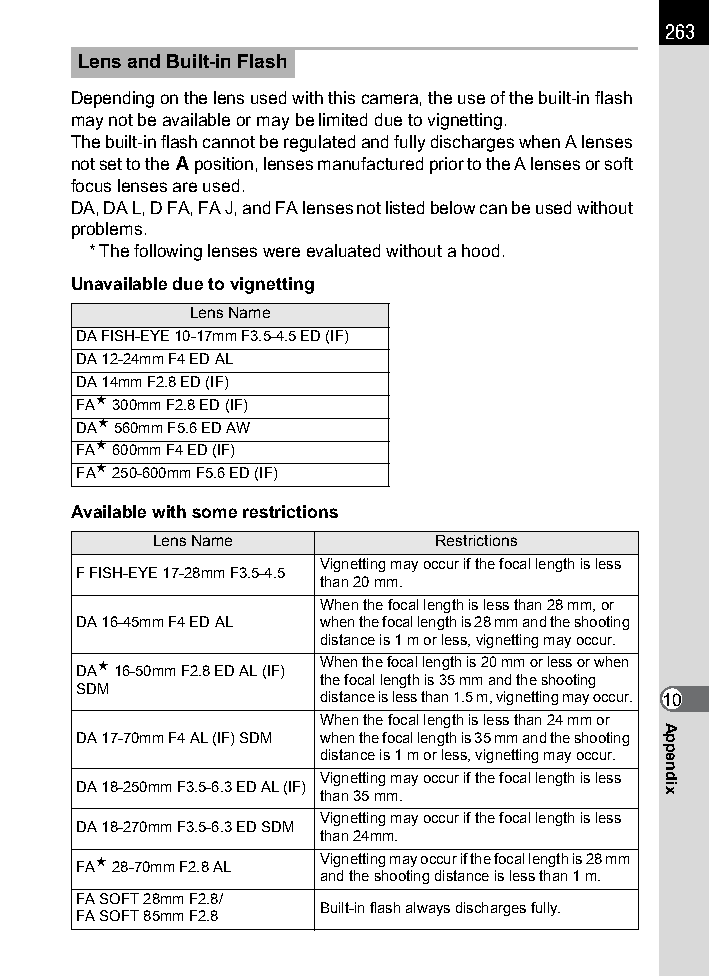
263
 Lens and Built-in Flash
 Depending on the lens used with this camera, the use of the built-in flash
 may not be available or may be limited due to vignetting.
 The built-in flash cannot be regulated and fully discharges when A lenses
 not set to the s position, lenses manufactured prior to the A lenses or soft
 focus lenses are used.
 DA, DA L, D FA, FA J, and FA lenses not listed below can be used without
 problems.
 * The following lenses were evaluated without a hood.
 Unavailable due to vignetting
 Lens Name
 DA FISH-EYE 10-17mm F3.5-4.5 ED (IF)
 DA 12-24mm F4 ED AL
 DA 14mm F2.8 ED (IF)
 FAE 300mm F2.8 ED (IF)
 DAE 560mm F5.6 ED AW
 FAE 600mm F4 ED (IF)
 FAE 250-600mm F5.6 ED (IF)
 Available with some restrictions
 Lens Name          Restrictions
 Vignetting may occur if the focal length is less
 F FISH-EYE 17-28mm F3.5-4.5
 than 20 mm.
 When the focal length is less than 28 mm, or
 DA 16-45mm F4 ED AL when the focal length is 28 mm and the shooting
 distance is 1 m or less, vignetting may occur.
 DAE 16-50mm F2.8 ED AL (IF) When the focal length is 20 mm or less or when
 the focal length is 35 mm and the shooting
 SDM
 distance is less than 1.5 m, vignetting may occur. 10
 When the focal length is less than 24 mm or
 DA 17-70mm F4 AL (IF) SDM when the focal length is 35 mm and the shooting
 distance is 1 m or less, vignetting may occur.
 Vignetting may occur if the focal length is less
 DA 18-250mm F3.5-6.3 ED AL (IF)
 than 35 mm.
 Vignetting may occur if the focal length is less
 DA 18-270mm F3.5-6.3 ED SDM
 than 24mm.
 FAE 28-70mm F2.8 AL Vignetting may occur if the focal length is 28 mm
 and the shooting distance is less than 1 m.
 FA SOFT 28mm F2.8/
 Built-in flash always discharges fully.
 FA SOFT 85mm F2.8
 Appendix